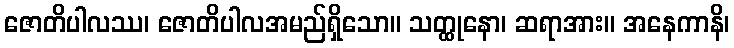
ဇောတိပါလဿ၊ ဇောတိပါလအမည်ရှိသော။ သတ္ထုနော၊ ဆရာအား။ အနေကာနိ၊